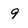
Character: 9